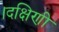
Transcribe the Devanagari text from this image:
।दक्षिणी